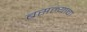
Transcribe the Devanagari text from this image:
बसल्याचा